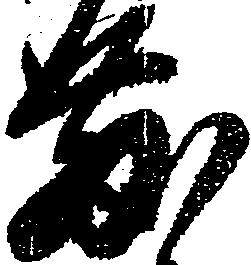
散